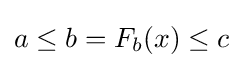
a\leq b=F_{b}(x)\leq c